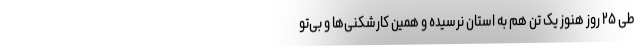
طی ۲۵ روز هنوز یک تن هم به استان نرسیده و همین کارشکنی‌ها و بی‌تو